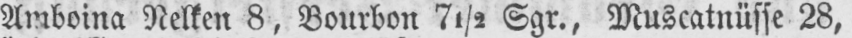
Amboina Nelken 8, Bourbon 7½ Sgr., Muscatnüsse 28,